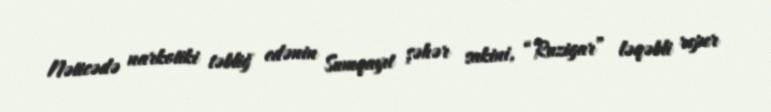
Nəticədə narkotiki təbliğ edənin Sumqayıt şəhər sakini, “Ruzigar” ləqəbli reper